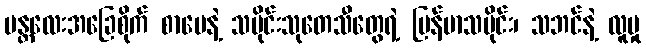
မန္တလေးအခြေစိုက် စာပေနဲ့ သမိုင်းသုတေသီတွေရဲ့ မြန်မာသမိုင်း၊ သဘင်နဲ့ လူမှု